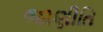
જાણીતિ